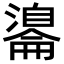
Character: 𦤢